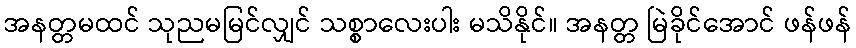
အနတ္တမထင် သုညမမြင်လျှင် သစ္စာလေးပါး မသိနိုင်။ အနတ္တ မြဲခိုင်အောင် ဖန်ဖန်